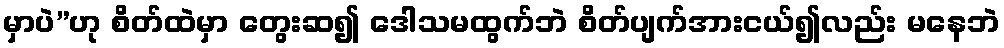
မှာပဲ”ဟု စိတ်ထဲမှာ တွေးဆ၍ ဒေါသမထွက်ဘဲ စိတ်ပျက်အားငယ်၍လည်း မနေဘဲ